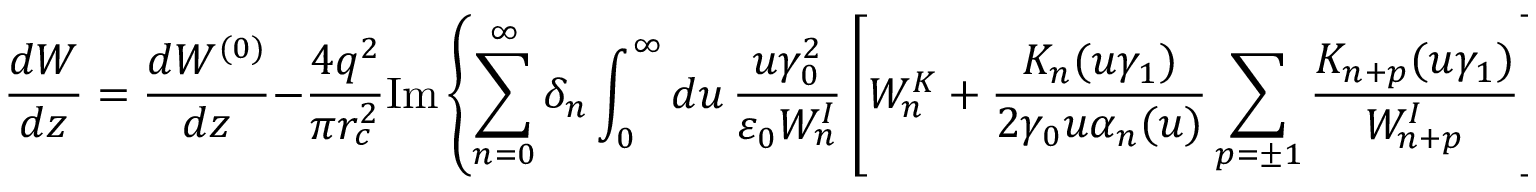
\frac { d W } { d z } = \frac { d W ^ { ( 0 ) } } { d z } - \frac { 4 q ^ { 2 } } { \pi r _ { c } ^ { 2 } } \mathrm { I m } \left\{ \sum _ { n = 0 } ^ { \infty } \delta _ { n } \int _ { 0 } ^ { \infty } d u \, \frac { u \gamma _ { 0 } ^ { 2 } } { \varepsilon _ { 0 } W _ { n } ^ { I } } \left[ W _ { n } ^ { K } + \frac { K _ { n } ( u \gamma _ { 1 } ) } { 2 \gamma _ { 0 } u \alpha _ { n } ( u ) } \sum _ { p = \pm 1 } \frac { K _ { n + p } ( u \gamma _ { 1 } ) } { W _ { n + p } ^ { I } } \right] I _ { n } ^ { 2 } ( u \gamma _ { 0 } r _ { 0 } / r _ { c } ) \right\} ,